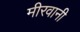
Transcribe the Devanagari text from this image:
मीरवानी